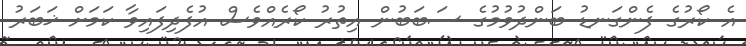
އެ ކޯރުގެ ފެންގަނޑު ބަންދުވުމުގެ ސަބަބުން އިތުރު ކޯރެއްވެސް އުފެދިފައިވާ ކަމަށް ޚަބަރު